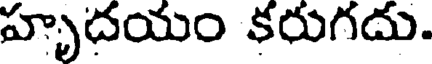
హృదయం కరుగదు.